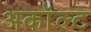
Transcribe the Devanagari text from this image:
अकॉल्ट